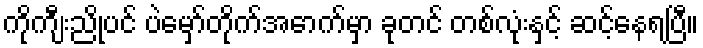
ကိုကျီးညိုပင် ပဲမှော်တိုက်အောက်မှာ ခုတင် တစ်လုံးနှင့် ဆင့်နေရပြီ။